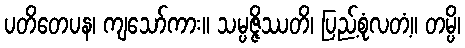
ပတိတေပန၊ ကျသော်ကား။ သမ္ပဇ္ဇိဿတိ၊ ပြည့်စုံလတံ့။ တမ္ပိ၊